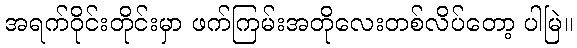
အရက်ဝိုင်းတိုင်းမှာ ဖက်ကြမ်းအတိုလေးတစ်လိပ်တော့ ပါမြဲ။